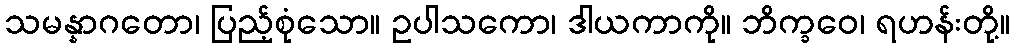
သမန္နာဂတော၊ ပြည့်စုံသော။ ဥပါသကော၊ ဒါယကာကို။ ဘိက္ခဝေ၊ ရဟန်းတို့။